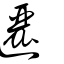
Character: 邐